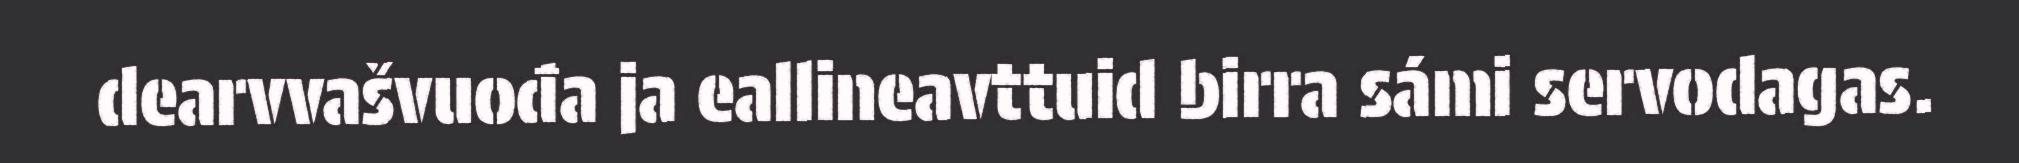
dearvvašvuođa ja eallineavttuid birra sámi servodagas.